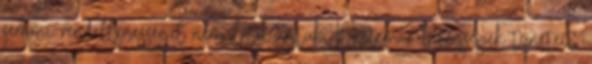
semmi rendellenességet nem látok rajtuk. Néztem a betegségek tüneteit,